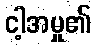
ငါ့အမှု၏